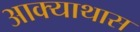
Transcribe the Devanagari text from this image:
आक्याथास